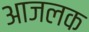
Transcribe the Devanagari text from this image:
आजलक